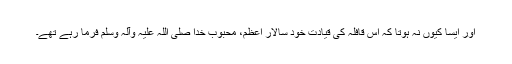
اور ایسا کیوں نہ ہوتا کہ اس قافلہ کی قیادت خود سالارِ اعظم، محبوب خدا صلی اللہ علیہ وآلہ وسلم فرما رہے تھے۔